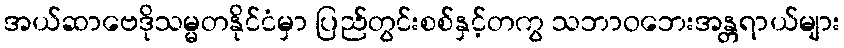
အယ်ဆာဗေဒိုသမ္မတနိုင်ငံမှာ ပြည်တွင်းစစ်နှင့်တကွ သဘာဝဘေးအန္တရာယ်များ